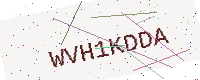
Text: WVH1KDDA